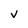
Character: V